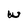
Character: W